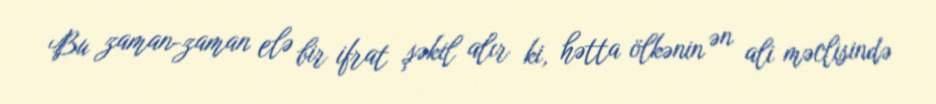
Bu zaman-zaman elə bir ifrat şəkil alır ki, hətta ölkənin ən ali məclisində